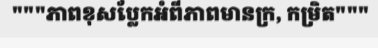
"""ភាពខុសប្លែកអំពីភាពមានក្រ, កម្រិត"""